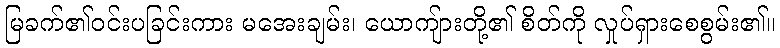
မြခက်၏ဝင်းပခြင်းကား မအေးချမ်း၊ ယောကျ်ားတို့၏ စိတ်ကို လှုပ်ရှားစေစွမ်း၏။